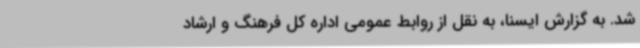
شد. به گزارش ایسنا، به نقل از روابط عمومی اداره کل فرهنگ و ارشاد